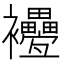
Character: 𧟕